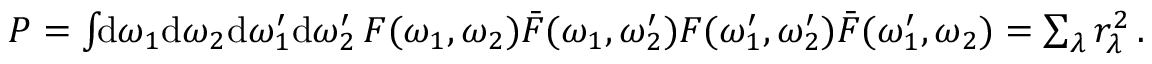
\begin{array} { r } { P = \int \! \! \mathrm { d } \omega _ { 1 } \mathrm { d } \omega _ { 2 } \mathrm { d } \omega _ { 1 } ^ { \prime } \mathrm { d } \omega _ { 2 } ^ { \prime } \, F ( \omega _ { 1 } , \omega _ { 2 } ) \bar { F } ( \omega _ { 1 } , \omega _ { 2 } ^ { \prime } ) F ( \omega _ { 1 } ^ { \prime } , \omega _ { 2 } ^ { \prime } ) \bar { F } ( \omega _ { 1 } ^ { \prime } , \omega _ { 2 } ) = \sum _ { \lambda } r _ { \lambda } ^ { 2 } \, . } \end{array}